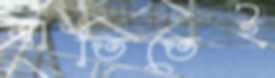
বাতিতেই